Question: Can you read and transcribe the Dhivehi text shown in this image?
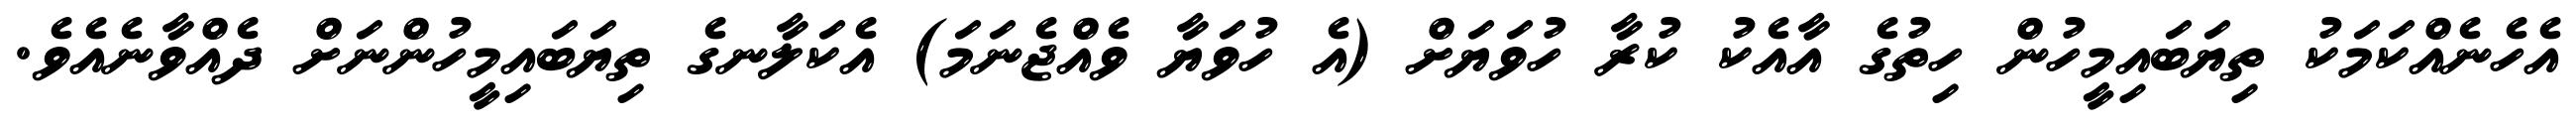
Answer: އެހެނެއްކަމަކު ތިޔަބައިމީހުން ހިތުގެ އާއެކު ކުރާ ހުވަޔަށް (އެ ހުވަޔާ ވެއްޖެނަމަ) އެކަލާނގެ ތިޔަބައިމީހުންނަށް ދެއްވާނެއެވެ.